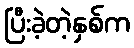
ပြီးခဲ့တဲ့နှစ်က